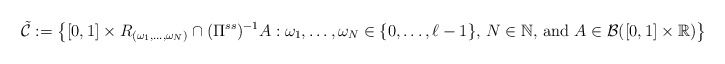
\begin{align*}\tilde{\mathcal{C}} := \left\{ [0,1] \times R _{(\omega _1 , \ldots , \omega _N)} \cap ( \Pi ^{ss} ) ^{-1} A : \omega _1 , \ldots , \omega _N \in \{ 0 , \ldots , \ell -1 \} , \, N \in \mathbb{N} \mbox{, and } A \in \mathcal{B} ( [0,1] \times \mathbb{R} ) \right\}\end{align*}